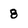
Character: 8